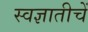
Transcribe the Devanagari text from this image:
स्वज्ञातीचें